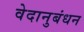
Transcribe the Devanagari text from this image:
वेदानुबंधन